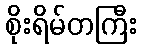
စိုးရိမ်တကြီး